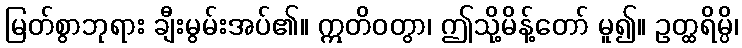
မြတ်စွာဘုရား ချီးမွမ်းအပ်၏။ ဣတိဝတွာ၊ ဤသို့မိန့်တော် မူ၍။ ဥတ္ထရိမ္ပိ၊